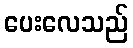
ပေးလေသည်